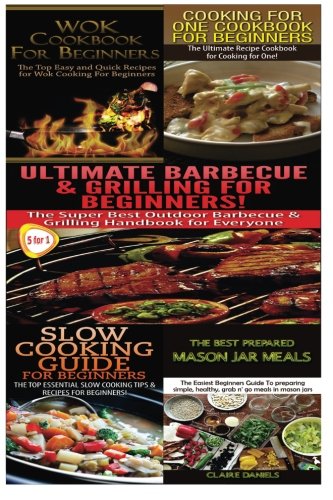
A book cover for Wok Cookbook for Beginners & Cooking for One Cookbook for Beginners & Ultimate Barbecue and Grilling for Beginners & Slow Cooking Guide for Beginners ... Mason Jar Meals (Cooking Box Set) (Volume 7); Getaway Guides; Cookbooks, Food & Wine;